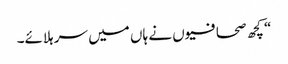
“ کچھ صحافیوں نے ہاں میں سر ہلائے۔